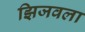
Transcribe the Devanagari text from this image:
झिजवला